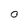
Character: 0